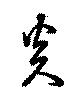
炎